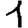
Digit: 1